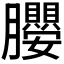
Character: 𭩖